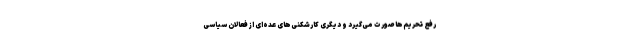
رفع تحریم‌ها صورت می‌گیرد و دیگری کارشکنی‌های عده‌ای از فعالان سیاسی